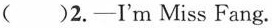
()2.___I'm Miss Fang.